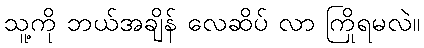
သူ့ကို ဘယ်အချိန် လေဆိပ် လာ ကြိုရမလဲ။